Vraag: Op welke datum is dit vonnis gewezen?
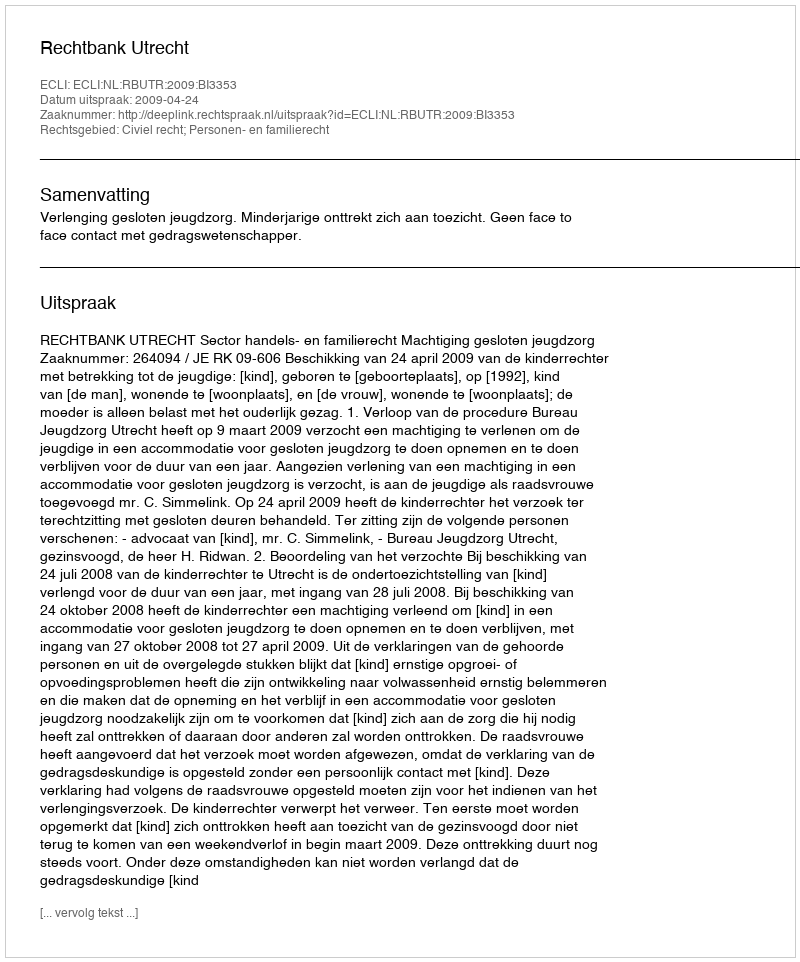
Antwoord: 2009-04-24